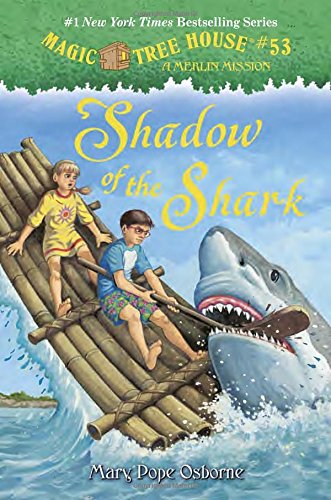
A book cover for Magic Tree House #53: Shadow of the Shark (A Stepping Stone Book(TM)); Mary Pope Osborne; Children's Books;